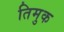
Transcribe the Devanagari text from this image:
तिमुक